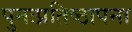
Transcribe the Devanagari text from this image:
पुनःप्रतिष्ठापना